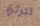
الثرثرة